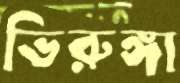
ভিরুঙ্গা